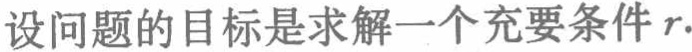
设问题的目标是求解一个充要条件\(r\).